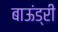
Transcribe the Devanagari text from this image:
बाऊंड्री